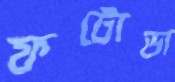
ফটোডা